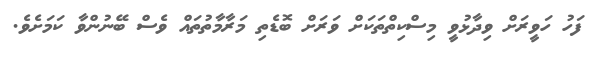
ފަހު ހަވީރަށް ވިދާޅުވީ މިސްކިތްތަކަށް ވަރަށް ބޮޑެތި މަރާމާތުތައް ވެސް ބޭނުންވާ ކަމަށެވެ.